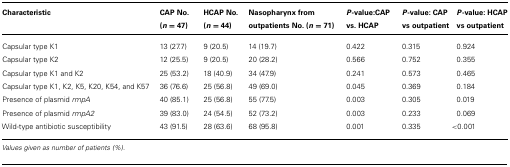
<table><thead><tr><td><b>Characteristic</b></td><td><b>CAP No. (<i>n</i> = 47)</b></td><td><b>HCAP No. (<i>n</i> = 44)</b></td><td><b>Nasopharynx from outpatients No. (<i>n</i> = 71)</b></td><td><b><i>P</i>-value:CAP vs. HCAP</b></td><td><b><i>P</i>-value: CAP vs outpatient</b></td><td><b><i>P</i>-value: HCAP vs outpatient</b></td></tr></thead><tbody><tr><td>Capsular type K1</td><td>13 (27.7)</td><td>9 (20.5)</td><td>14 (19.7)</td><td>0.422</td><td>0.315</td><td>0.924</td></tr><tr><td>Capsular type K2</td><td>12 (25.5)</td><td>9 (20.5)</td><td>20 (28.2)</td><td>0.566</td><td>0.752</td><td>0.355</td></tr><tr><td>Capsular type K1 and K2</td><td>25 (53.2)</td><td>18 (40.9)</td><td>34 (47.9)</td><td>0.241</td><td>0.573</td><td>0.465</td></tr><tr><td>Capsular type K1, K2, K5, K20, K54, and K57</td><td>36 (76.6)</td><td>25 (56.8)</td><td>49 (69.0)</td><td>0.045</td><td>0.369</td><td>0.184</td></tr><tr><td>Presence of plasmid <i>rmpA</i></td><td>40 (85.1)</td><td>25 (56.8)</td><td>55 (77.5)</td><td>0.003</td><td>0.305</td><td>0.019</td></tr><tr><td>Presence of plasmid <i>rmpA2</i></td><td>39 (83.0)</td><td>24 (54.5)</td><td>52 (73.2)</td><td>0.003</td><td>0.233</td><td>0.069</td></tr><tr><td>Wild-type antibiotic susceptibility</td><td>43 (91.5)</td><td>28 (63.6)</td><td>68 (95.8)</td><td>0.001</td><td>0.335</td><td>&lt;0.001</td></tr></tbody></table>